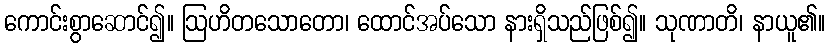
ကောင်းစွာဆောင်၍။ ဩဟိတသောတော၊ ထောင်အပ်သော နားရှိသည်ဖြစ်၍။ သုဏာတိ၊ နာယူ၏။